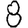
Digit: 8